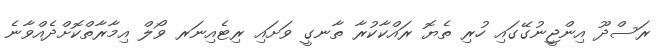
ރަސްދޫ އިންޖީނުގޭގައި ހުރި ތެޔޮ ރައްކާކުރާ ތާނގީ ވަށައި ރިޓެއިނަރ ވޯލް އިމާރާތްކޮށްދެއްވާނެ